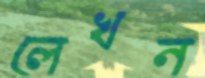
লেখন